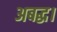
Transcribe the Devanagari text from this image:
अबद्ध।